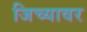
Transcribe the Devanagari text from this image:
जिच्यावर